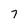
Character: 7